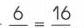
\(\frac{6}{}=\frac{16}{}\)